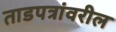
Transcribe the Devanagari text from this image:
ताडपत्रांवरील